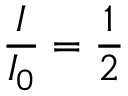
{ \frac { I } { I _ { 0 } } } = { \frac { 1 } { 2 } } \quad